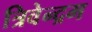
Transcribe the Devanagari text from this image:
त्रिवेन्‍द्रम